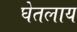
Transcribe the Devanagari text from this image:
घेतलाय